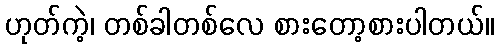
ဟုတ်ကဲ့၊ တစ်ခါတစ်လေ စားတော့စားပါတယ်။